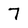
Character: 7